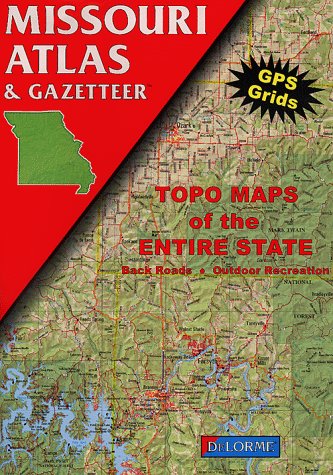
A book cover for Missouri Atlas & Gazetteer; Delorme Mapping Company; Travel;